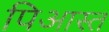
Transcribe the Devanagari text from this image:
पिआस्त